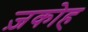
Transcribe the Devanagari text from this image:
ज़कोह